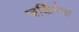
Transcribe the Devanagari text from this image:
जर्किनेस